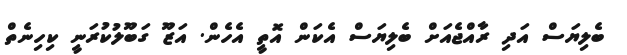
ބެލިޔަސް އަދި ރާއްޖެއަށް ބެލިޔަސް އެކަން އޮތީ އެހެން. އަޒޫ ގަބޫލުކުރަނީ ކިހިނެތް